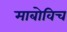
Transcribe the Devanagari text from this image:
माबोविच